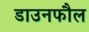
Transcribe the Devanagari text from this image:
डाउनफौल